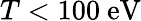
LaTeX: T<100\ \textrm{eV}